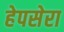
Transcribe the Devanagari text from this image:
हेपसेरा